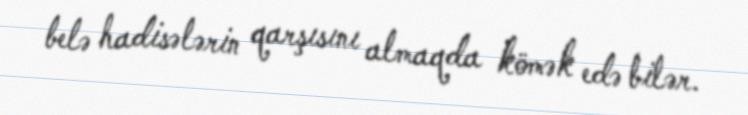
belə hadisələrin qarşısını almaqda kömək edə bilər.